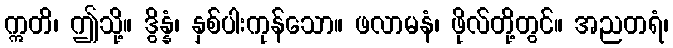
ဣတိ၊ ဤသို့။ ဒွိန္နံ၊ နှစ်ပါးကုန်သော။ ဖလာမနံ၊ ဖိုလ်တို့တွင်။ အညတရံ၊